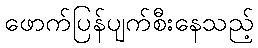
ဖောက်ပြန်ပျက်စီးနေသည့်